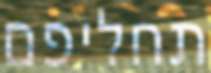
תחליפם